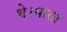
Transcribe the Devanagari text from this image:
थे।माता